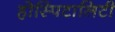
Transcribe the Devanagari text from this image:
होस्पिटालिटी